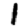
Digit: 1